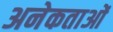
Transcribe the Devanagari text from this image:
अनेकताओं